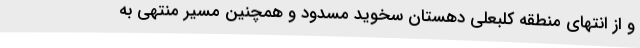
و از انتهای منطقه کلبعلی دهستان سخوید مسدود و همچنین مسیر منتهی به